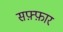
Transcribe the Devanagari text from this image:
सफ़्फ़ार